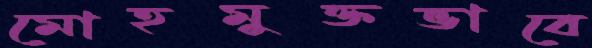
মোহমুক্তভাবে